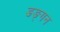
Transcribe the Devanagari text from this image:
डङ्गन